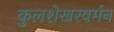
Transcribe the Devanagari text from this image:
कुलशेखरवर्मन